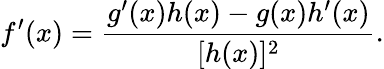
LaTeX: f^{\prime}(x)={\frac{g^{\prime}(x)h(x)-g(x)h^{\prime}(x)}{[h(x)]^{2}}}.